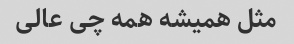
مثل همیشه همه چی عالی